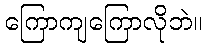
ကြောကျကြောလိုဘဲ။